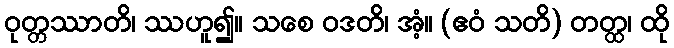
ဝုတ္တဿာတိ၊ ဿဟူ၍။ သစေ ဝဒတိ၊ အံ့။ (ဧဝံ သတိ) တတ္ထ၊ ထို